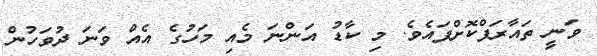
ވަނީ ތައާރަފްކޮށްފައެވެ. މި ކާޑު އަންނަ މެއި މަހުގެ އެއް ވަނަ ދުވަހުން